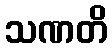
သဏတိ